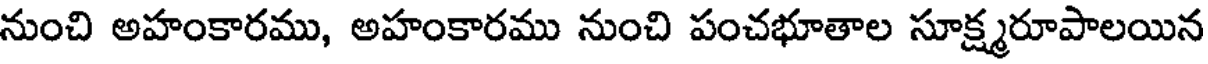
నుంచి అహంకారము, అహంకారము నుంచి పంచభూతాల సూక్ష్మరూపాలయిన